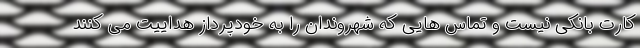
کارت بانکی نیست و تماس هایی که شهروندان را به خودپرداز هداییت می کنند